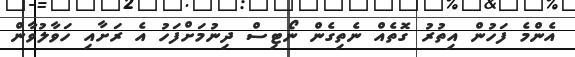
އެންމެ ފަހުން އިތުރު ގޮތެއް ނެތިގެން ނޯޓިސް ދިނުމަށްފަހު އެ ރަށާއި ހަވާލުވާން